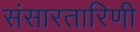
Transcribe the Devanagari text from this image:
संसारतारिणी